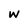
Character: w